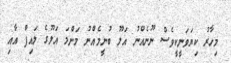
މިހާރު ކިޔަވަނީކީވެސް ނޫނެއްނު އަލޫ ބުނީމެއްނު މަންމަ އަލޫގެ ލައިފް އާއި